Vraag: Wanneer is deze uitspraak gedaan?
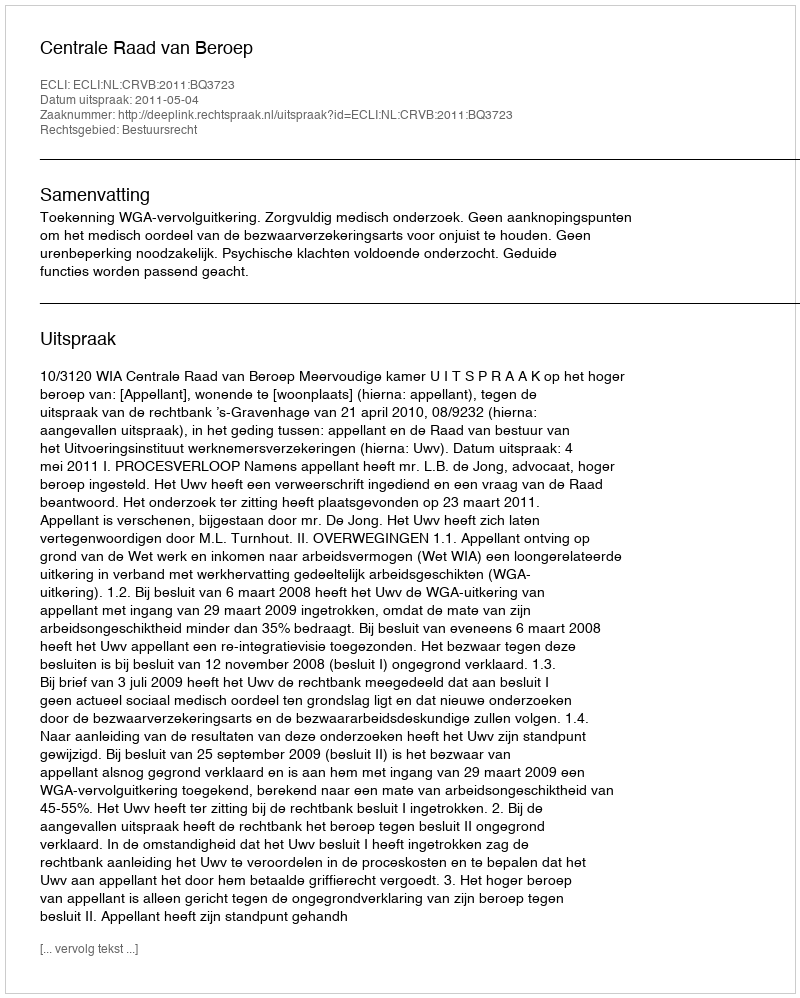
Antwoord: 2011-05-04